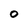
Character: O